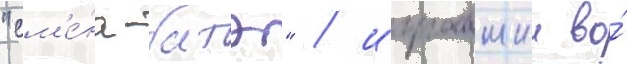
"см'е́на-батэ" / игравшии во́